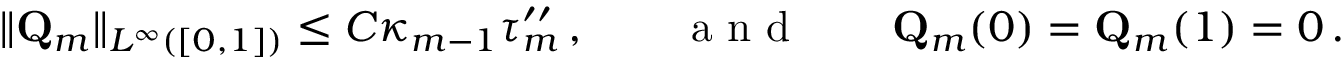
\| \mathbf { Q } _ { m } \| _ { L ^ { \infty } ( [ 0 , 1 ] ) } \leq C \kappa _ { m - 1 } \tau _ { m } ^ { \prime \prime } \, , \qquad \mathrm { ~ a ~ n ~ d ~ } \qquad \mathbf { Q } _ { m } ( 0 ) = \mathbf { Q } _ { m } ( 1 ) = 0 \, .